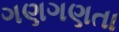
ગણગણતા